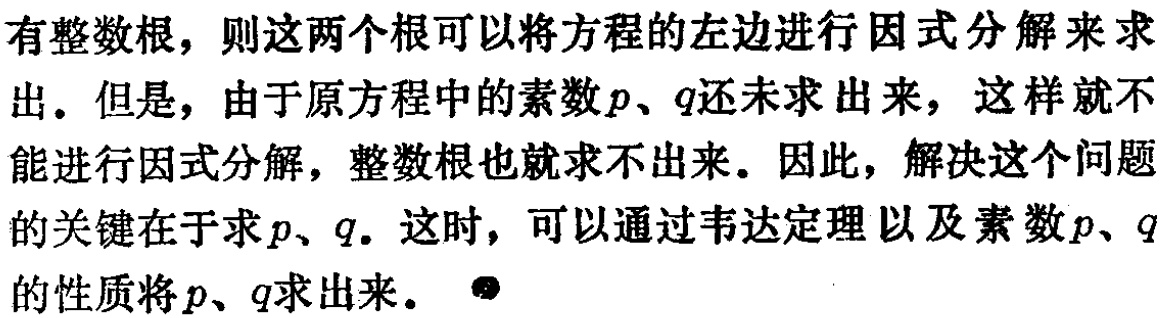
有整数根，则这两个根可以将方程的左边进行因式分解来求出。但是，由于原方程中的素数\(p\)、\(q\)还未求出来，这样就不能进行因式分解，整数根也就求不出来。因此，解决这个问题的关键在于求\(p\)、\(q\)。这时，可以通过韦达定理以及素数\(p\)、\(q\)的性质将\(p\)、\(q\)求出来。